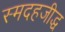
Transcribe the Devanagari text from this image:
स्मदहजीद्ध